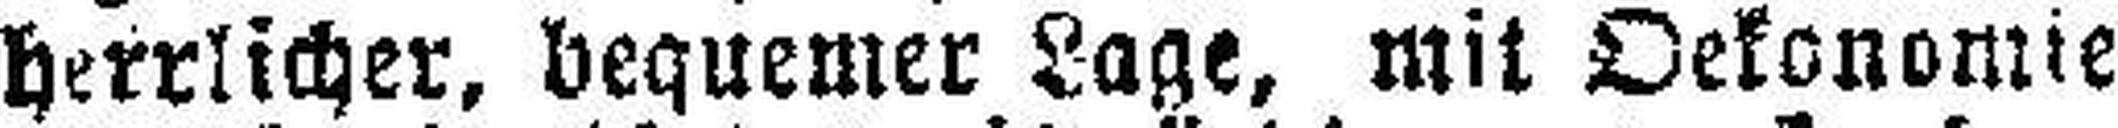
herrlicher, bequemer Lage, mit Oekonomie